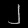
Digit: ၂